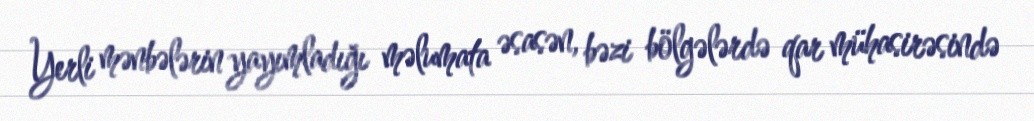
Yerli mənbələrin yayımladığı məlumata əsasən, bəzi bölgələrdə qar mühasirəsində